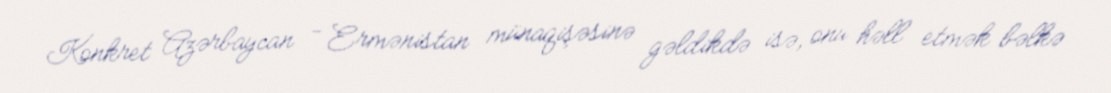
Konkret Azərbaycan - Ermənistan münaqişəsinə gəldikdə isə, onu həll etmək bəlkə